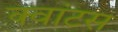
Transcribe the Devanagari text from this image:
क्‍वांटस